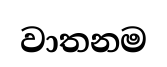
වාතනම